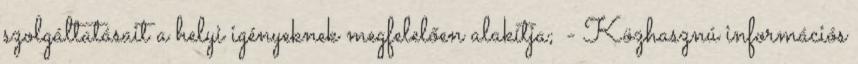
szolgáltatásait a helyi igényeknek megfelelően alakítja; - Közhasznú információs